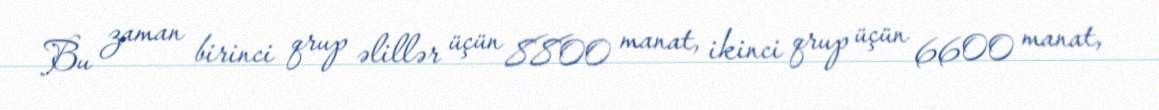
Bu zaman birinci qrup əlillər üçün 8800 manat, ikinci qrup üçün 6600 manat,